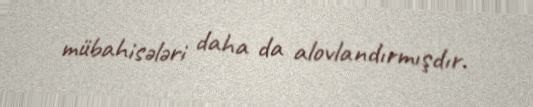
mübahisələri daha da alovlandırmışdır.